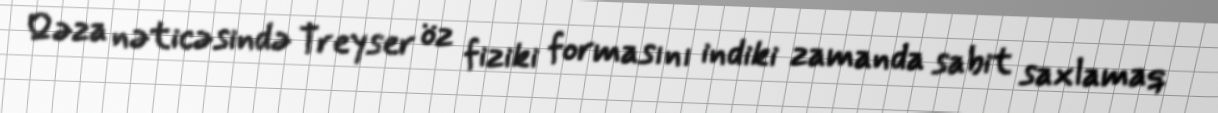
Qəza nəticəsində Treyser öz fiziki formasını indiki zamanda sabit saxlamaq